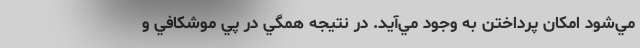
مي‌شود امكان پرداختن به وجود مي‌آيد. در نتيجه همگي در پي موشكافي و